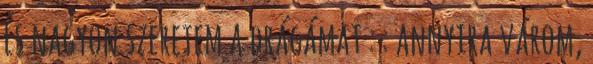
És nagyon szeretem a drágámat : : annyira várom,